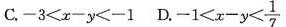
c.-3<x-y<-1D.- $$-1<x-y< \frac{1}{7}$$